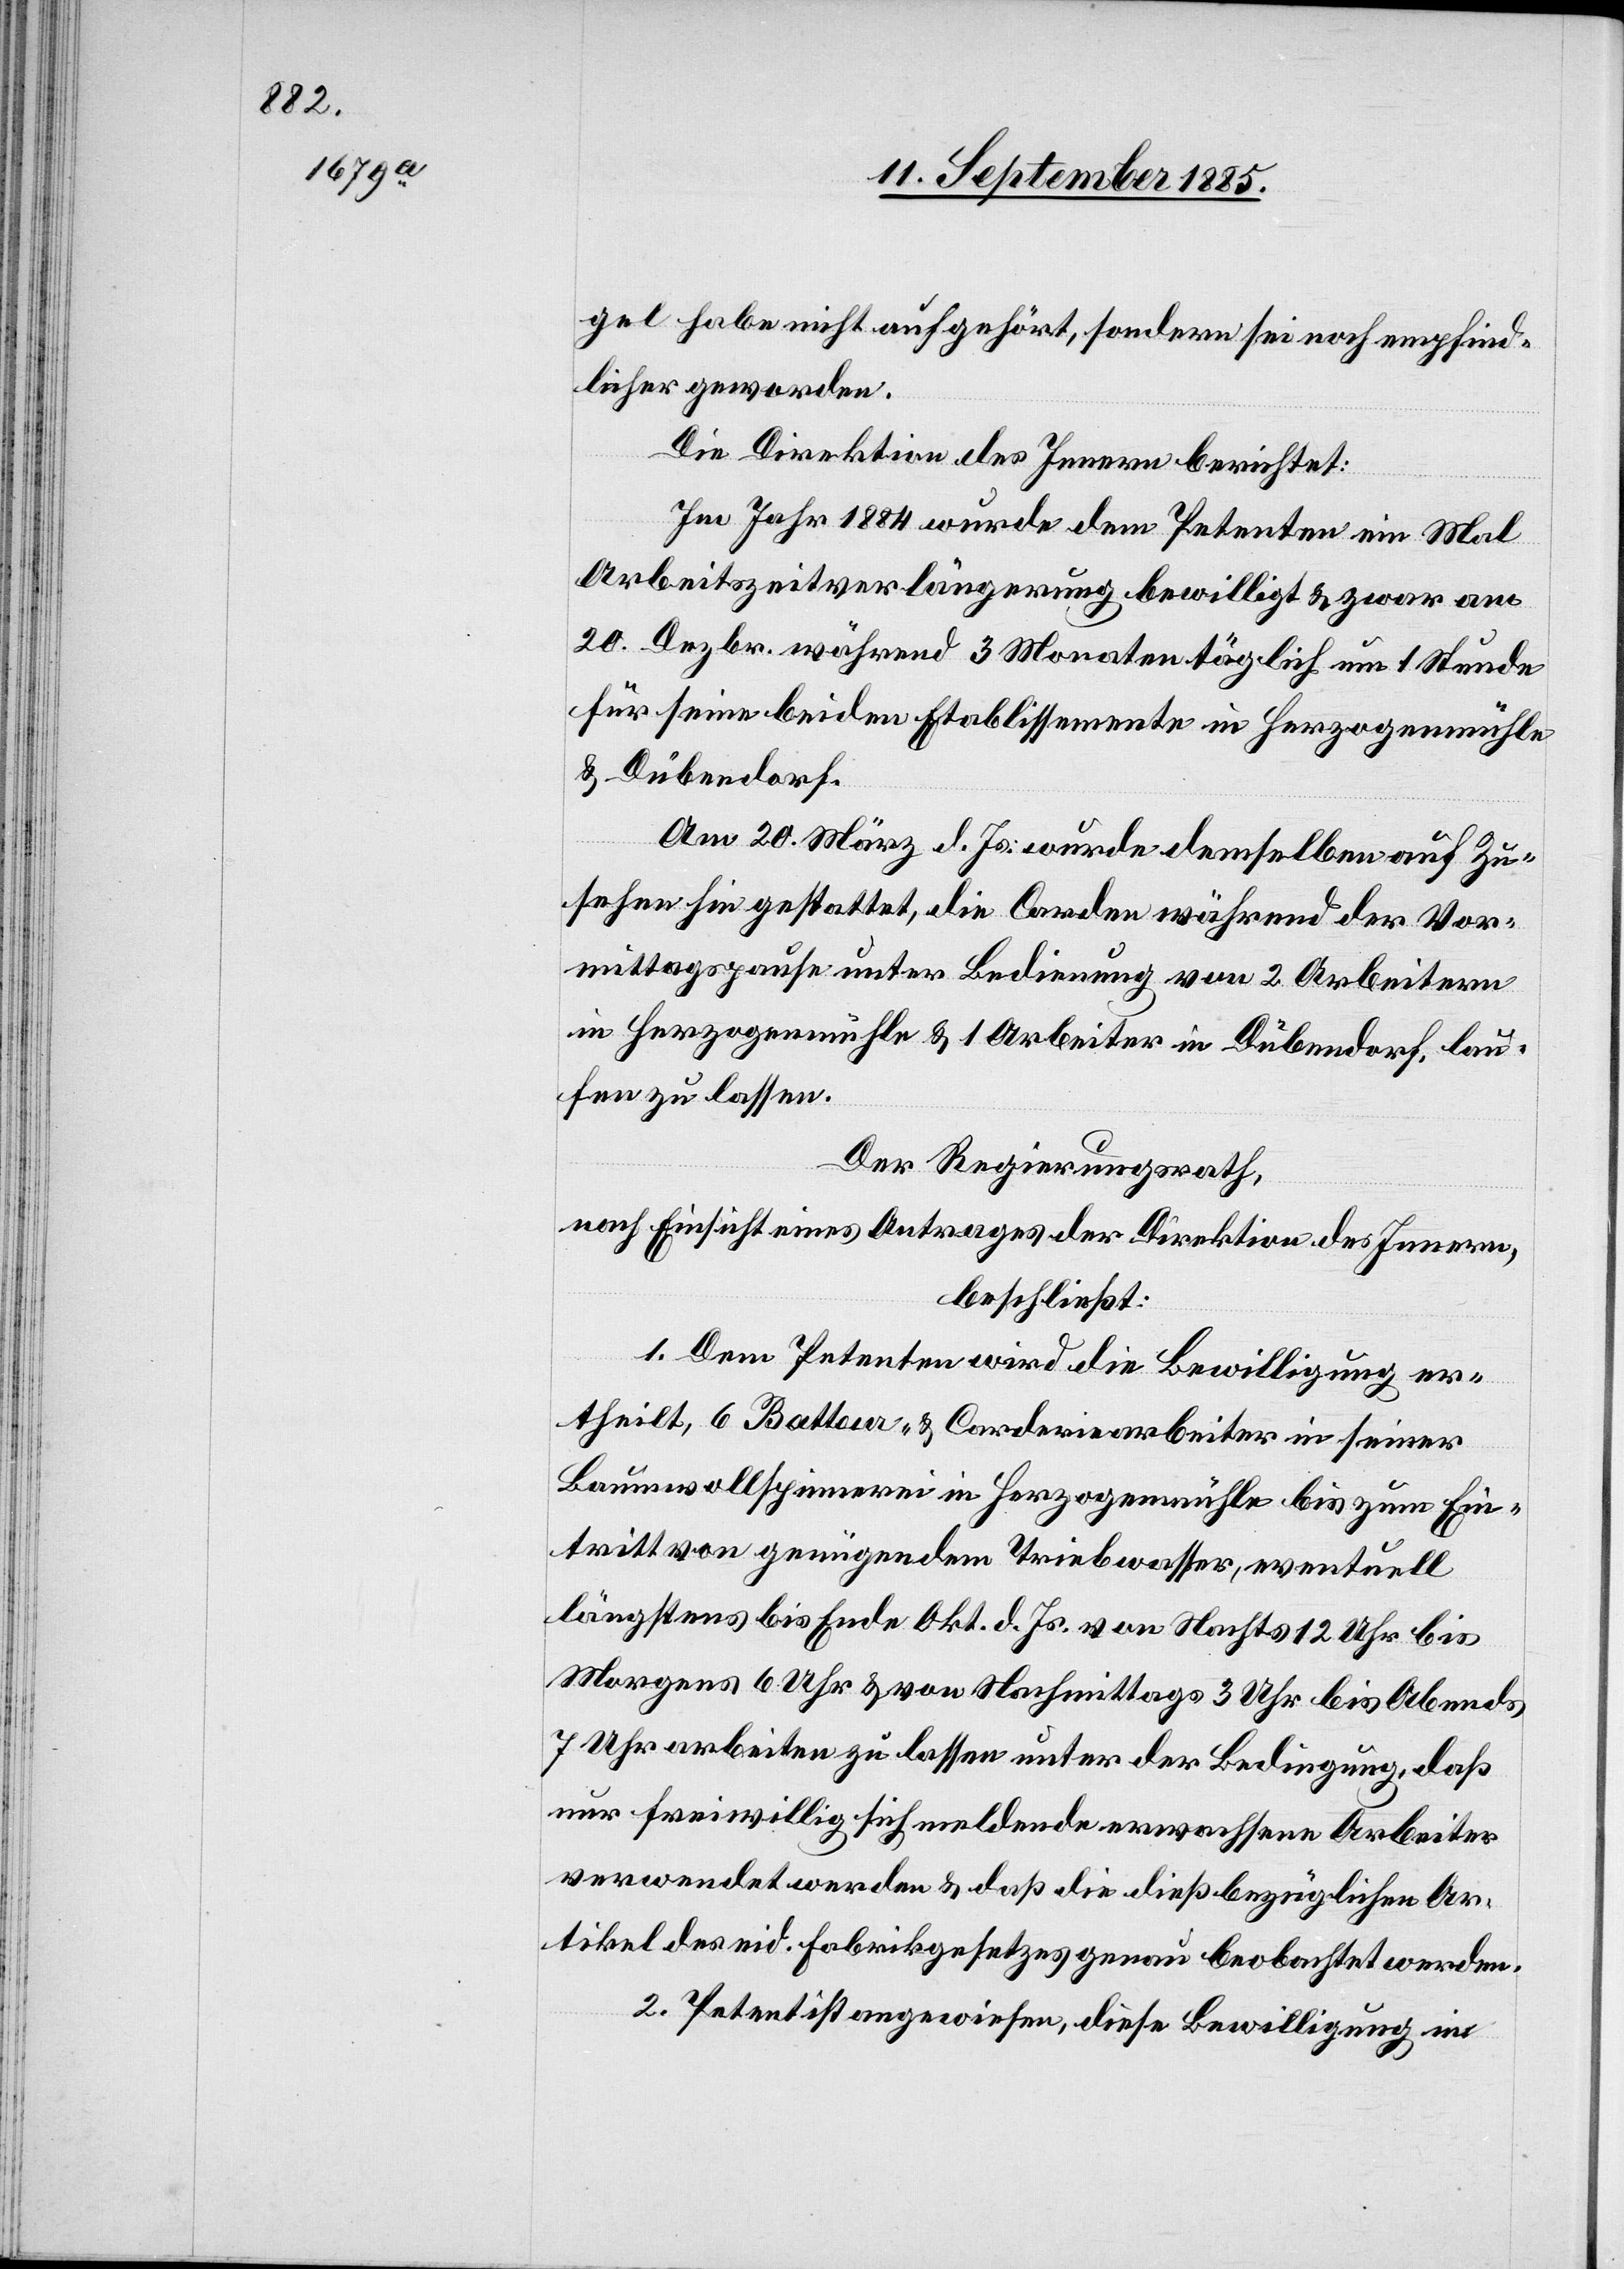
gel habe nicht aufgehört, sondern sei noch empfind¬
licher geworden.
Die Direktion des Innern berichtet:
Im Jahr 1884 wurde dem Petenten ein Mal
Arbeitszeitverlängerung bewilligt & zwar am
20. Dezbr. während 3 Monaten täglich um 1 Stunde
für seine beiden Etablissemente in Herzogenmühle
& Dübendorf.
Am 20. März d. Js. wurde demselben auf Zu¬
sehen hin gestattet, die Carden während der Vor¬
mittagspause unter Bedienung von 2 Arbeitern
in Herzogenmühle & 1 Arbeiter in Dübendorf, lau¬
fen zu lassen.
Der Regierungsrath,
nach Einsicht eines Antrages der Direktion des Innern,
beschließt:
1. Dem Petenten wird die Bewilligung er¬
theilt, 6 Batteur- & Corderiearbeiter in seiner
Baumwollspinnerei in Herzogenmühle bis zum Ein¬
tritt von genügendem Triebwasser, eventuell
längstens bis Ende Okt. d. Js. von Nachts 12 Uhr bis
Morgens 6 Uhr & von Nachmittags 3 Uhr bis Abends
7 Uhr arbeiten zu lassen unter der Bedingung, daß
nur freiwillig sich meldende erwachsene Arbeiter
verwendet werden & daß die dießbezüglichen Ar¬
tikel des eid. Fabrikgesetzes genau beobachtet werden.
2. Petent ist angewiesen, diese Bewilligung im